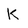
Character: K